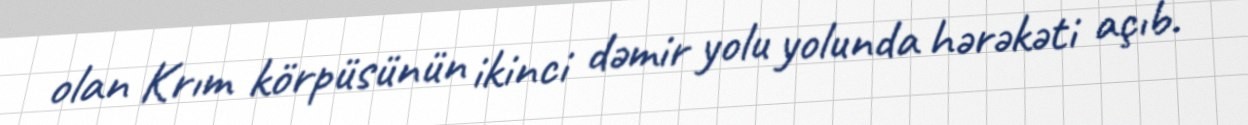
olan Krım körpüsünün ikinci dəmir yolu yolunda hərəkəti açıb.